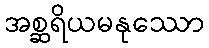
အစ္ဆရိယမနုဿော